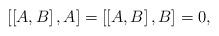
LaTeX: \begin{align*}\left[ \left[ A,B\right] ,A\right] =\left[ \left[ A,B\right],B\right] =0,\end{align*}